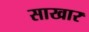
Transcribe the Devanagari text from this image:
साखार